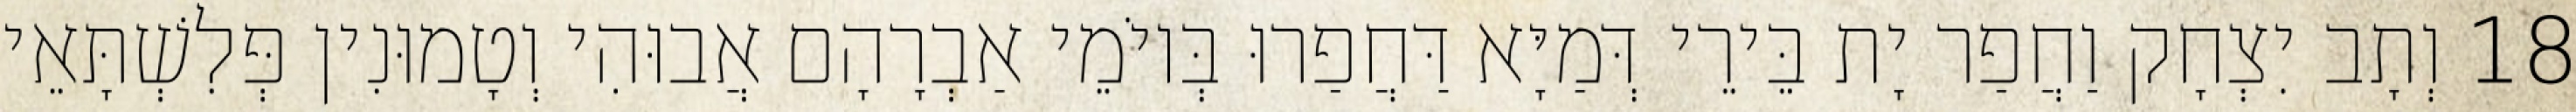
18 וְתָב יִצְחָק וַחֲפַר יָת בֵּירֵי דְּמַיָּא דַּחֲפַרוּ בְּיוֹמֵי אַבְרָהָם אֲבוּהִי וְטָמוּנִין פְּלִשְׁתָּאֵי